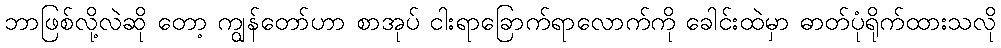
ဘာဖြစ်လို့လဲဆို တော့ ကျွန်တော်ဟာ စာအုပ် ငါးရာခြောက်ရာလောက်ကို ခေါင်းထဲမှာ ဓာတ်ပုံရိုက်ထားသလို